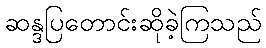
ဆန္ဒပြတောင်းဆိုခဲ့ကြသည်